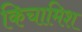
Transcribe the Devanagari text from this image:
किचामिश